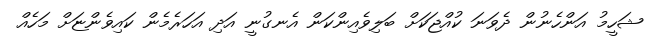
ޝަހީމު އަންހެނުން ދެވަނަ ކުއްޖަކަށް ބަލިވެއިންކަން އެނގުނީ އަދި އަހަރެމެން ކައިވެންޏަށް މަހެއް